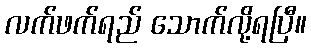
လက်ဖက်ရည် သောက်လို့ရပြီ။